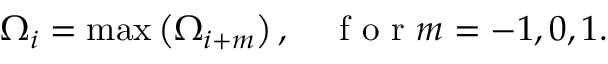
\Omega _ { i } = \operatorname* { m a x } \left( \Omega _ { i + m } \right) , \quad \mathrm { ~ f ~ o ~ r ~ } m = - 1 , 0 , 1 .